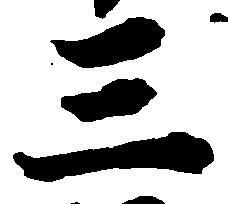
三